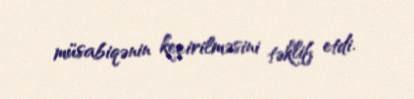
müsabiqənin keçirilməsini təklif etdi.